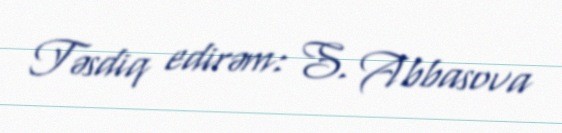
Təsdiq edirəm: S. Abbasova